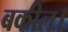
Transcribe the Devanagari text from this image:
बकील।